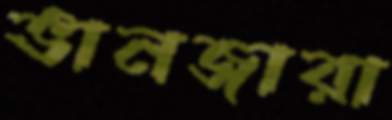
ভানজারা